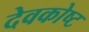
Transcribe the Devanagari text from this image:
देवकोष्ट